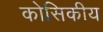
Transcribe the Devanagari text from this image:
कोसिकीय